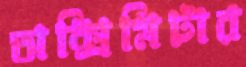
অক্সিমিটার